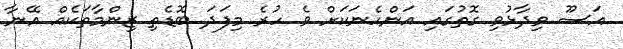
އަސޫ ވިދާޅުވި ގޮތުގައި އަންހެނަކަށް ވެ ހުރެ މިފަދަ ބޮޑެތި ޒިންމާތަކެއް އޭނާ